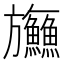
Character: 𬀤